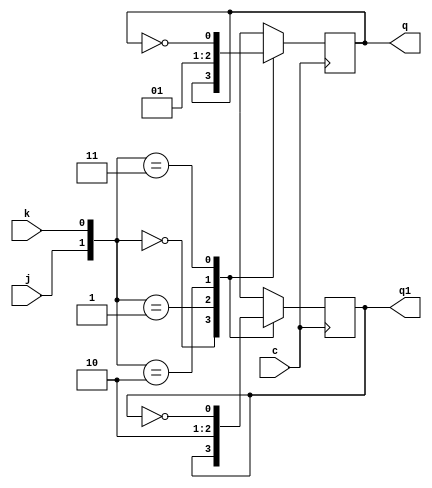
module jk(q,q1,j,k,c);
output q,q1;
input j,k,c;
reg q,q1;
initial begin q=1'b0; q1=1'b1; end
always @ (posedge c)
  begin
	case({j,k})
		 {1'b0,1'b0}:begin q=q; q1=q1; end
		 {1'b0,1'b1}: begin q=1'b0; q1=1'b1; end
		 {1'b1,1'b0}:begin q=1'b1; q1=1'b0; end
		 {1'b1,1'b1}: begin q=~q; q1=~q1; end
	endcase
   end
endmodule

module counter(t,clk,reset,q,q1);
input t,clk,reset;
output [1:0]q,q1;

jk t1(q[0],q1[0],t,reset,clk);
jk t2(q[1],q1[1],t,reset,q[0]);


endmodule

module test_bench;
reg t,clk,reset;
wire [1:0]q,q1;

counter cnt(t,clk,reset,q,q1);
initial
clk=1'b1;
always
#5 clk=~clk;
initial
begin
 t=1;reset=0;
 #10 t=1;reset=1;
end
initial
#100 $finish;
always @(posedge clk)
$monitor($time," t=%b,reset=%b,q[0]=%b,q[1]=%b",t,reset,q[0],q[1]);

endmodule